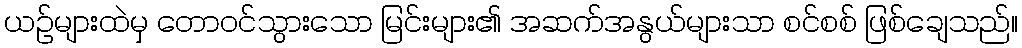
ယဉ်များထဲမှ တောဝင်သွားသော မြင်းများ၏ အဆက်အနွယ်များသာ စင်စစ် ဖြစ်ချေသည်။